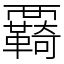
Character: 覉